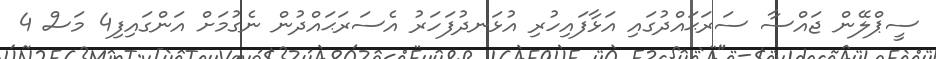
ސީޕްލޭން ޖައްސާ ސަރަޙައްދުގައި އަޅާފައިހުރި އުޅަނދުފަހަރު އެސަރަޙައްދުން ނެގުމަށް އަންގައިފި4 މަސް 4